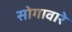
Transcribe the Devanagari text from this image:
सोगावारे